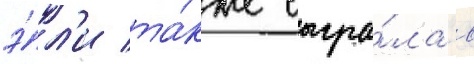
э́л'и та́кже сыгра́ла в